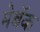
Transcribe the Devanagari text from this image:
मेबॅक